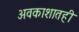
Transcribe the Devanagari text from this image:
अवकाशातही